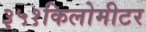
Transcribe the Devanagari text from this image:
३५१किलोमीटर